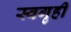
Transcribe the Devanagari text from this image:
स्वगृहीं